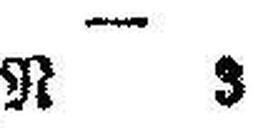
N 3